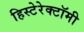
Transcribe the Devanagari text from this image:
हिस्टेरेक्टॉमी